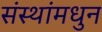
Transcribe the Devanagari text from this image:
संस्थांमधुन